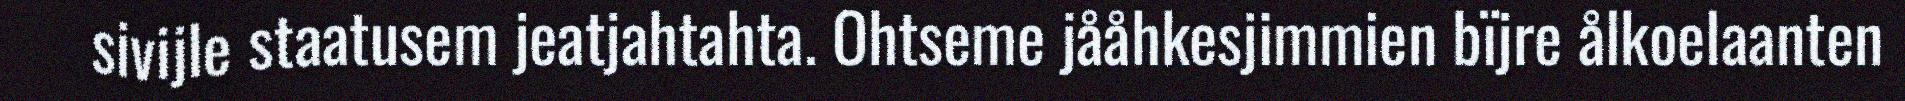
sivijle staatusem jeatjahtahta. Ohtseme jååhkesjimmien bïjre ålkoelaanten